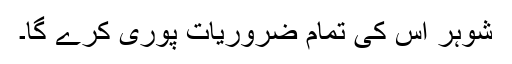
شوہر اس کی تمام ضروریات پوری کرے گا۔